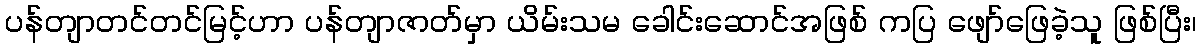
ပန်တျာတင်တင်မြင့်ဟာ ပန်တျာဇာတ်မှာ ယိမ်းသမ ခေါင်းဆောင်အဖြစ် ကပြ ဖျော်ဖြေခဲ့သူ ဖြစ်ပြီး၊